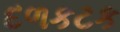
દળકટક